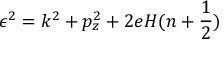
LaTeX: \epsilon ^ { 2 } = k ^ { 2 } + p _ { z } ^ { 2 } + 2 e H ( n + \frac { 1 } { 2 } )